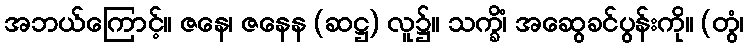
အဘယ်ကြောင့်။ ဇနေ၊ ဇနေန (ဆဋ္ဌ) လူ၌။ သက္ခိံ၊ အဆွေခင်ပွန်းကို။ (တွံ၊